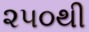
૨૫૦થી